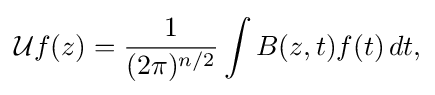
{{\mathcal {U}}f(z)={1 \over (2\pi )^{n/2}}\int B(z,t)f(t)\,dt,}